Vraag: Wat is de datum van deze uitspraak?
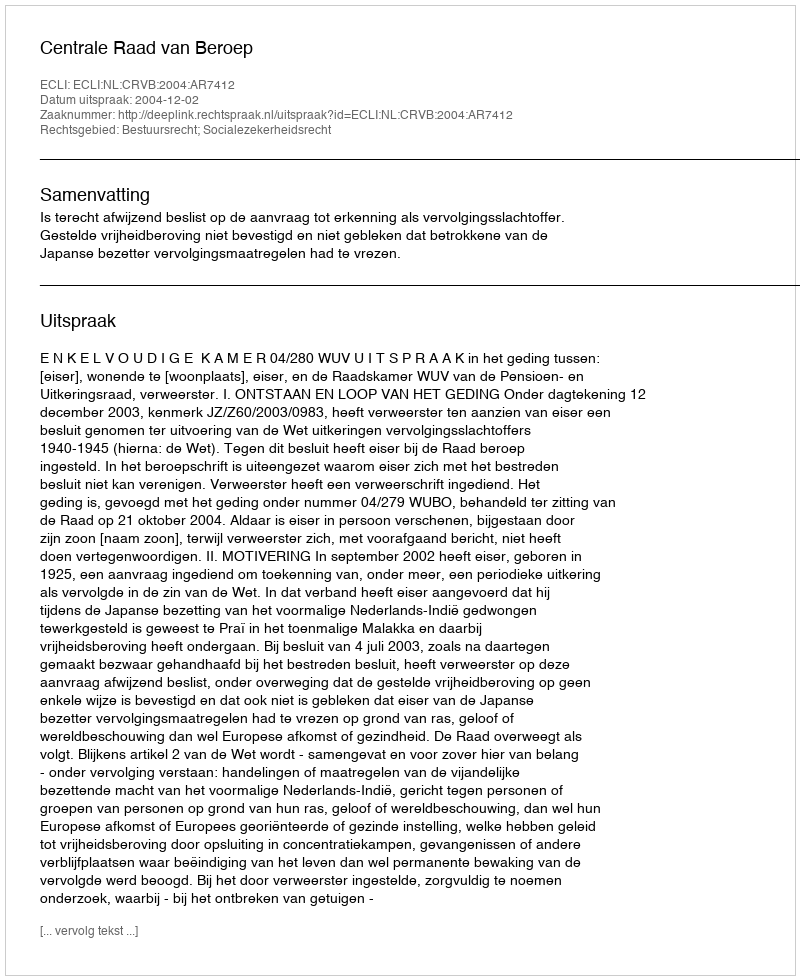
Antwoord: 2004-12-02